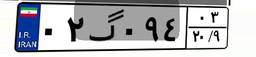
۰۲گ۰۹۴۰۳